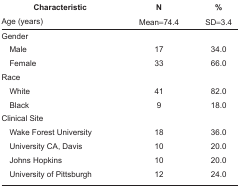
<table><thead><tr><td><b>Characteristic</b></td><td><b>N</b></td><td><b>%</b></td></tr><tr><td><b>Age (years)</b></td><td><b>Mean=74.4</b></td><td><b>SD=3.4</b></td></tr></thead><tbody><tr><td colspan="3">Gender</td></tr><tr><td> Male</td><td>17</td><td>34.0</td></tr><tr><td> Female</td><td>33</td><td>66.0</td></tr><tr><td colspan="3">Race</td></tr><tr><td> White</td><td>41</td><td>82.0</td></tr><tr><td> Black</td><td>9</td><td>18.0</td></tr><tr><td colspan="3">Clinical Site</td></tr><tr><td> Wake Forest University</td><td>18</td><td>36.0</td></tr><tr><td> University CA, Davis</td><td>10</td><td>20.0</td></tr><tr><td> Johns Hopkins</td><td>10</td><td>20.0</td></tr><tr><td> University of Pittsburgh</td><td>12</td><td>24.0</td></tr></tbody></table>